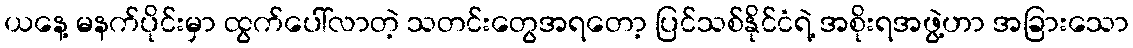
ယနေ့ မနက်ပိုင်းမှာ ထွက်ပေါ်လာတဲ့ သတင်းတွေအရတော့ ပြင်သစ်နိုင်ငံရဲ့ အစိုးရအဖွဲ့ဟာ အခြားသော